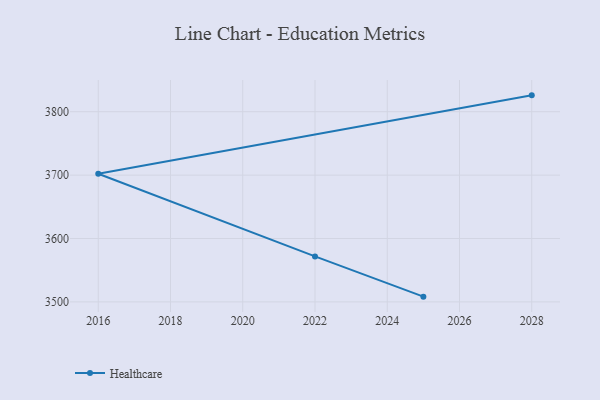
{"axis": {"x": "Year", "y": "Active Users"}, "legend": ["Healthcare"], "data": [{"x": "2028", "y": 3825.8, "type": "Healthcare"}, {"x": "2016", "y": 3702.2, "type": "Healthcare"}, {"x": "2022", "y": 3571.8, "type": "Healthcare"}, {"x": "2025", "y": 3508.3, "type": "Healthcare"}]}